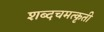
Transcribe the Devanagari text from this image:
शब्दचमत्कृती